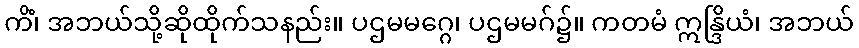
ကိံ၊ အဘယ်သို့ဆိုထိုက်သနည်း။ ပဌမမဂ္ဂေ၊ ပဌမမဂ်၌။ ကတမံ ဣန္ဒြိယံ၊ အဘယ်